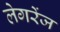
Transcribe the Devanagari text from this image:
लेगरेंज